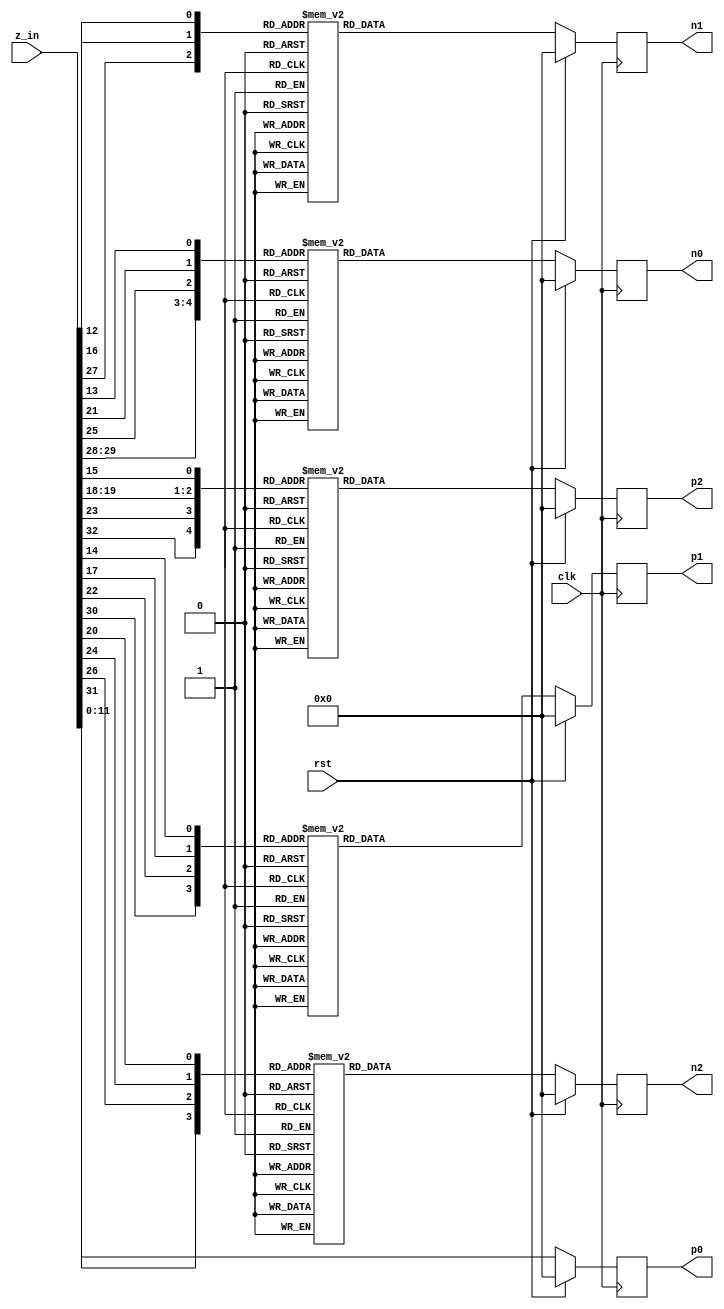
module mod4591Svec33 (
    input               clk,
    input               rst,
    input       [32:0]  z_in,
    output reg  [11:0]  p0,
    output reg  [11:0]  p1,
    output reg  [11:0]  p2,
    output reg  [11:0]  n0,
    output reg  [11:0]  n1,
    output reg  [11:0]  n2
) ;

    // z_in[11:0]: 0 ~ 4095
    always @ (posedge clk) begin
        if(rst)
            p0 <= 12'd0;
        else
            p0 <= z_in[11:0];
    end

    // z_in[30, 22, 17, 14]: 0 ~ 4076 <= 4095
    always @ (posedge clk) begin
        if(rst) begin
            p1 <= 12'd0;
        end else begin
            case({ z_in[30], z_in[22], z_in[17], z_in[14] })
                4'h0: p1 <= 12'd0;
                4'h1: p1 <= 12'd2611;
                4'h2: p1 <= 12'd2524;
                4'h3: p1 <= 12'd544;
                4'h4: p1 <= 12'd2721;
                4'h5: p1 <= 12'd741;
                4'h6: p1 <= 12'd654;
                4'h7: p1 <= 12'd3265;
                4'h8: p1 <= 12'd3335;
                4'h9: p1 <= 12'd1355;
                4'ha: p1 <= 12'd1268;
                4'hb: p1 <= 12'd3879;
                4'hc: p1 <= 12'd1465;
                4'hd: p1 <= 12'd4076;
                4'he: p1 <= 12'd3989;
                4'hf: p1 <= 12'd2009;
            endcase
        end
    end

    // z_in[-32, 23, 19, 18, 15]: 0 ~ 3286 <= 3601, +4590 <= 8191
    always @ (posedge clk) begin
        if(rst) begin
            p2 <= 12'd0;
        end else begin
            case({ z_in[32], z_in[23], z_in[19], z_in[18], z_in[15] })
                5'h00: p2 <= 12'd0;
                5'h01: p2 <= 12'd631;
                5'h02: p2 <= 12'd457;
                5'h03: p2 <= 12'd1088;
                5'h04: p2 <= 12'd914;
                5'h05: p2 <= 12'd1545;
                5'h06: p2 <= 12'd1371;
                5'h07: p2 <= 12'd2002;
                5'h08: p2 <= 12'd851;
                5'h09: p2 <= 12'd1482;
                5'h0a: p2 <= 12'd1308;
                5'h0b: p2 <= 12'd1939;
                5'h0c: p2 <= 12'd1765;
                5'h0d: p2 <= 12'd2396;
                5'h0e: p2 <= 12'd2222;
                5'h0f: p2 <= 12'd2853;
                5'h10: p2 <= 12'd433;
                5'h11: p2 <= 12'd1064;
                5'h12: p2 <= 12'd890;
                5'h13: p2 <= 12'd1521;
                5'h14: p2 <= 12'd1347;
                5'h15: p2 <= 12'd1978;
                5'h16: p2 <= 12'd1804;
                5'h17: p2 <= 12'd2435;
                5'h18: p2 <= 12'd1284;
                5'h19: p2 <= 12'd1915;
                5'h1a: p2 <= 12'd1741;
                5'h1b: p2 <= 12'd2372;
                5'h1c: p2 <= 12'd2198;
                5'h1d: p2 <= 12'd2829;
                5'h1e: p2 <= 12'd2655;
                5'h1f: p2 <= 12'd3286;
            endcase
        end
    end

    // -z_in[29, 28, 25, 21, 13]: 0 ~ 4054 <= 4095
    always @ (posedge clk) begin
        if(rst) begin
            n0 <= 12'd0;
        end else begin    
            case({ z_in[29], z_in[28], z_in[25], z_in[21], z_in[13] })
                5'h00: n0 <= 12'd0;
                5'h01: n0 <= 12'd990;
                5'h02: n0 <= 12'd935;
                5'h03: n0 <= 12'd1925;
                5'h04: n0 <= 12'd1187;
                5'h05: n0 <= 12'd2177;
                5'h06: n0 <= 12'd2122;
                5'h07: n0 <= 12'd3112;
                5'h08: n0 <= 12'd314;
                5'h09: n0 <= 12'd1304;
                5'h0a: n0 <= 12'd1249;
                5'h0b: n0 <= 12'd2239;
                5'h0c: n0 <= 12'd1501;
                5'h0d: n0 <= 12'd2491;
                5'h0e: n0 <= 12'd2436;
                5'h0f: n0 <= 12'd3426;
                5'h10: n0 <= 12'd628;
                5'h11: n0 <= 12'd1618;
                5'h12: n0 <= 12'd1563;
                5'h13: n0 <= 12'd2553;
                5'h14: n0 <= 12'd1815;
                5'h15: n0 <= 12'd2805;
                5'h16: n0 <= 12'd2750;
                5'h17: n0 <= 12'd3740;
                5'h18: n0 <= 12'd942;
                5'h19: n0 <= 12'd1932;
                5'h1a: n0 <= 12'd1877;
                5'h1b: n0 <= 12'd2867;
                5'h1c: n0 <= 12'd2129;
                5'h1d: n0 <= 12'd3119;
                5'h1e: n0 <= 12'd3064;
                5'h1f: n0 <= 12'd4054;
            endcase
        end
    end

    // -z_in[27, 16, 12]: 0 ~ 3981 <= 4095
    always @ (posedge clk) begin
        if(rst) begin
            n1 <= 12'd0;
        end else begin    
            case({ z_in[27], z_in[16], z_in[12] })
                3'h0: n1 <= 12'd0;
                3'h1: n1 <= 12'd495;
                3'h2: n1 <= 12'd3329;
                3'h3: n1 <= 12'd3824;
                3'h4: n1 <= 12'd157;
                3'h5: n1 <= 12'd652;
                3'h6: n1 <= 12'd3486;
                3'h7: n1 <= 12'd3981;
            endcase
        end
    end

    // -z_in[31, 26, 24, 20]: 0 ~ 3573 <= 3601, +4590 <= 8191
    always @ (posedge clk) begin
        if(rst) begin
            n2 <= 12'd0;
        end else begin    
            case({ z_in[31], z_in[26], z_in[24], z_in[20] })
                4'h0: n2 <= 12'd0;
                4'h1: n2 <= 12'd2763;
                4'h2: n2 <= 12'd2889;
                4'h3: n2 <= 12'd1061;
                4'h4: n2 <= 12'd2374;
                4'h5: n2 <= 12'd546;
                4'h6: n2 <= 12'd672;
                4'h7: n2 <= 12'd3435;
                4'h8: n2 <= 12'd2512;
                4'h9: n2 <= 12'd684;
                4'ha: n2 <= 12'd810;
                4'hb: n2 <= 12'd3573;
                4'hc: n2 <= 12'd295;
                4'hd: n2 <= 12'd3058;
                4'he: n2 <= 12'd3184;
                4'hf: n2 <= 12'd1356;
            endcase
        end
    end

endmodule